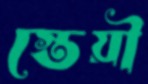
স্তেয়ী